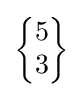
{\begin{Bmatrix}5\\3\end{Bmatrix}}